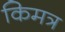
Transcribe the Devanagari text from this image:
किमत्र